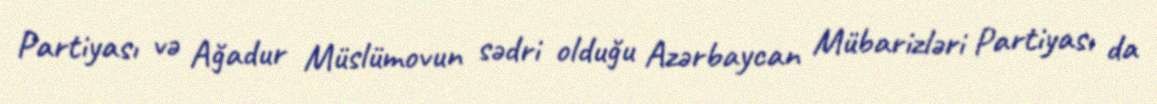
Partiyası və Ağadur Müslümovun sədri olduğu Azərbaycan Mübarizləri Partiyası da